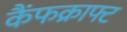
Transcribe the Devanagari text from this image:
कैंफक्राफ्ट